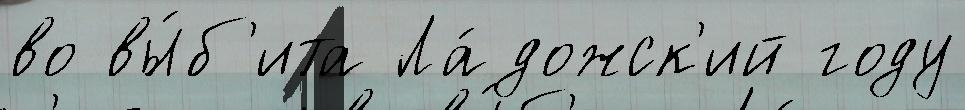
во вы́б'ита Ла́дожск'ий году